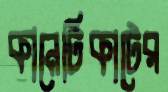
কানেটিকাটের